Leaving Certificate Examination, 1918
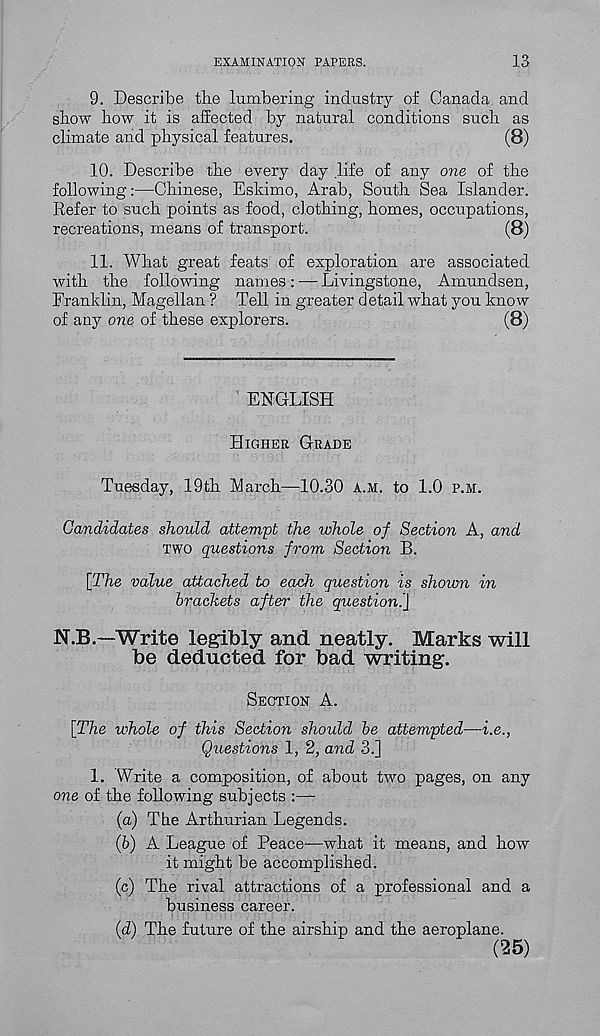
EXAMINATION PAPERS.
13
9. Describe the lumbering industry of Canada and
show how it is affected by natural conditions such as
climate and physical features.
(8)
10. Describe the every day life of any one of the
following:—Chinese, Eskimo, Arab, South Sea Islander.
Refer to such points as food, clothing, homes, occupations,
recreations, means of transport.
(8)
11. What great feats of exploration are associated
with the following names: — Livingstone, Amundsen,
Franklin, Magellan ? Tell in greater detail what you know
of any one of these explorers.
(8)
ENGLISH
HIGHER GRADE
Tuesday, 19th March—10.30 A.M. to 1.0 P.M.
Candidates should attempt the whole of Section A, and
TWO questions from Section B.
[The value attached to each question is shown in
brackets after the question.]
N.B.—Write legibly and neatly. Marks will
be deducted for bad writing.
SECTION A.
{The whole of this Section should be attempted—i.e.,
Questions 1, 2, and 3.]
1. Write a composition, of about two pages, on any
one of the following subjects :—
(а) The Arthurian Legends.
(б) A League of Peace—what it means, and how
it might be accomplished.
(c) The rival attractions of a professional and a
business career.
(d) The future of the airship and the aeroplane.
(25)